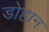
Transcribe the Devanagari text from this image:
डोहान